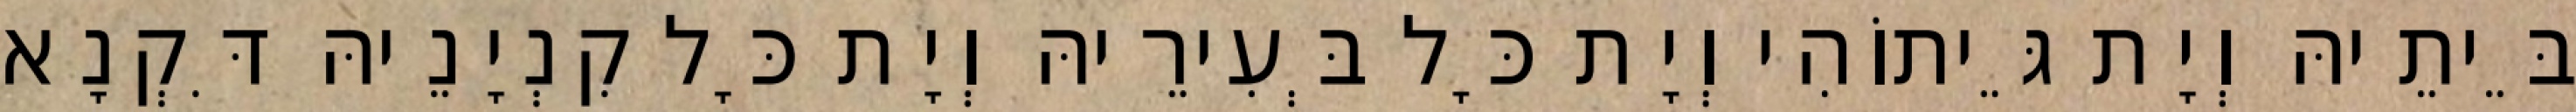
בֵּיתֵיהּ וְיָת גֵּיתוֹהִי וְיָת כָּל בְּעִירֵיהּ וְיָת כָּל קִנְיָנֵיהּ דִּקְנָא